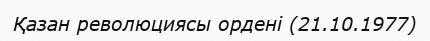
Қазан революциясы ордені (21.10.1977)